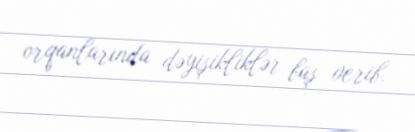
orqanlarında dəyişikliklər baş verib.